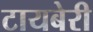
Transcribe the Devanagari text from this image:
टायबेरी